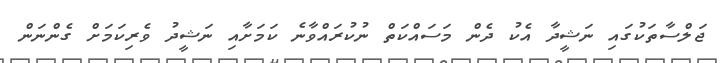
ޖަލްސާތަކުގައި ނަޝީދާ އެކު ދެން މަސައްކަތް ނުކުރައްވާނެ ކަމަށާއި ނަޝީދު ވެރިކަމަށް ގެންނަން